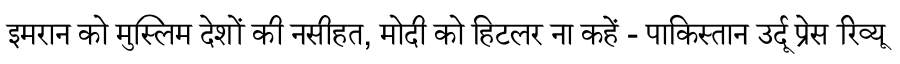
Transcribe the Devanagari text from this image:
इमरान को मुस्लिम देशों की नसीहत, मोदी को हिटलर ना कहें - पाकिस्तान उर्दू प्रेस रिव्यू